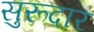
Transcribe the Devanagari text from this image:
सुरूदार